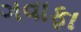
ગવાફા